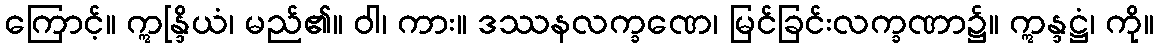
ကြောင့်။ ဣန္ဒြိယံ၊ မည်၏။ ဝါ၊ ကား။ ဒဿနလက္ခဏေ၊ မြင်ခြင်းလက္ခဏာ၌။ ဣန္ဒဋ္ဌံ၊ ကို။